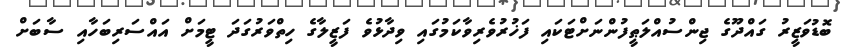
ބޮޑުވަޒީރު ގައްދޫގެ ޖިންސުއްލަޠީފުންނަށްޓަކައި ފަޚުރުވެރިވާކަމުގައި ވިދާޅުވެ ފަޒީލާގެ ހިތްވަރުގަދަ ޓީމަށް އައްސަރިބަހާއި ސާބަށް